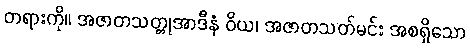
တရားကို။ အဇာတသတ္တုအာဒီနံ ဝိယ၊ အဇာတသတ်မင်း အစရှိသော